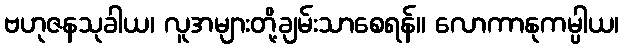
ဗဟုဇနသုခါယ၊ လူအများတို့ချမ်းသာစေရန်။ လောကာနုကမ္ပါယ၊